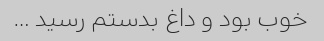
خوب بود و داغ بدستم رسید …